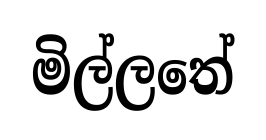
මිල්ලතේ